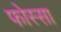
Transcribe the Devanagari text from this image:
फोस्सा